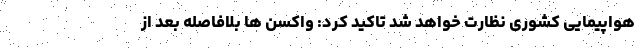
هواپیمایی کشوری نظارت خواهد شد تاکید کرد: واکسن ها بلافاصله بعد از